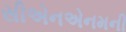
સીએનએનમની